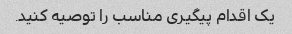
یک اقدام پیگیری مناسب را توصیه کنید.